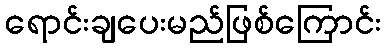
ရောင်းချပေးမည်ဖြစ်ကြောင်း